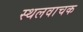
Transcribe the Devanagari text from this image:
स्थलवाचक